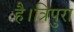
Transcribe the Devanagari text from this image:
है।त्रिपुरा